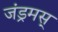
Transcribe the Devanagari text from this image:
जंड्रमस्